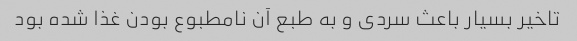
تاخیر بسیار باعث سردی و به طبع آن نامطبوع بودن غذا شده بود